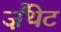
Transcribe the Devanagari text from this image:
ज़ैंथेट